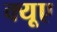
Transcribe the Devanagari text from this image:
क्यूए